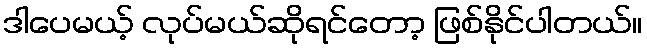
ဒါပေမယ့် လုပ်မယ်ဆိုရင်တော့ ဖြစ်နိုင်ပါတယ်။